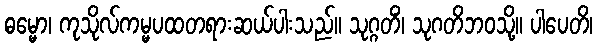
ဓမ္မော၊ ကုသိုလ်ကမ္မပထတရားဆယ်ပါးသည်။ သုဂ္ဂတိံ၊ သုဂတိဘဝသို့။ ပါပေတိ၊